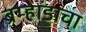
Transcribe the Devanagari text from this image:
ब्रम्हांडाचा